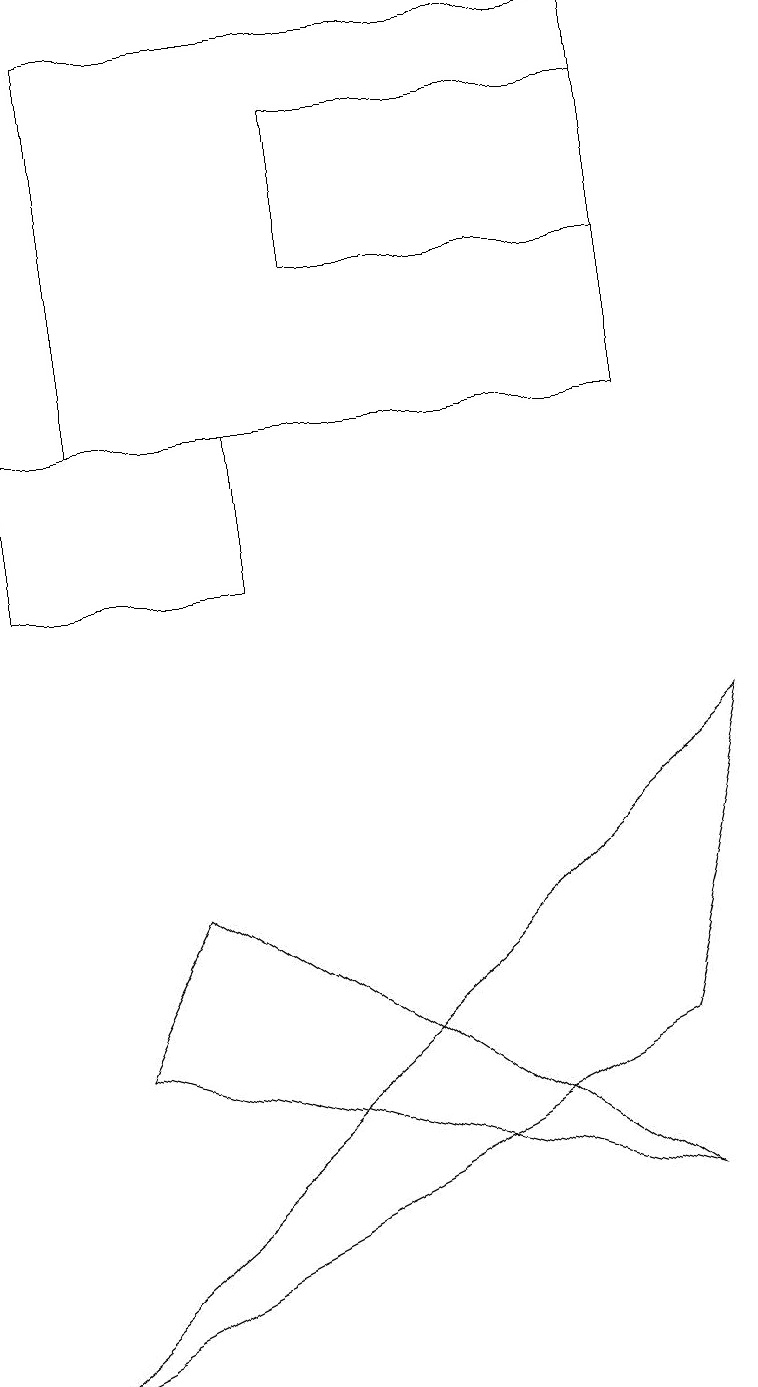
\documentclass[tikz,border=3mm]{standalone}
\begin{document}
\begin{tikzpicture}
\draw (8,17) rectangle (4,15);
\draw (0,1) -- (8,5) -- (9,9) -- cycle;
\draw (1,13) rectangle (8,18);
\draw (8,3) -- (2,7) -- (1,5) -- cycle;
\draw (0,13) rectangle (3,11);
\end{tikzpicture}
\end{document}